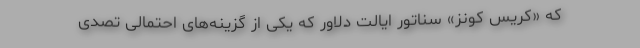
که «کریس کونز» سناتور ایالت دلاور که یکی از گزینه‌های احتمالی تصدی